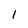
Character: 1